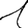
Digit: 1